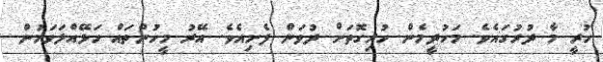
ހުރީ މާ ދުރުގައެވެ. މަހުދީމެން ހުރިގޮތަށް ދުވަން ފެށިއެވެ. އޭރު މީހުންތައް ހަޅޭއްލަވަމުން